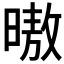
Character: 𰖢